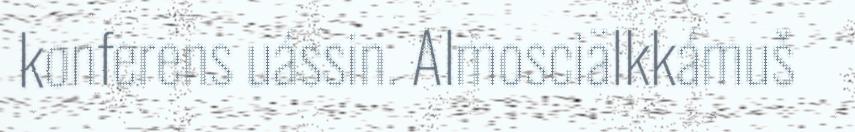
konferens uássin. Almosciälkkámuš